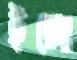
ইঙ্গো